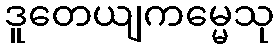
ဒူတေယျကမ္မေသု